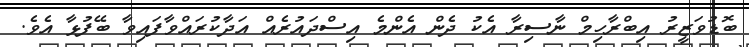
ބޮޑުވަޒީރު އިބްރާހިމް ނާސިރާ އެކު ދެން އެންމެ އިސްދައުރެއް އަދާކުރައްވާފައިވާ ބޭފުޅާ އެވެ.